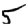
Digit: 5